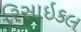
રિસાઇકલ